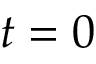
t = 0